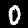
Label: 0